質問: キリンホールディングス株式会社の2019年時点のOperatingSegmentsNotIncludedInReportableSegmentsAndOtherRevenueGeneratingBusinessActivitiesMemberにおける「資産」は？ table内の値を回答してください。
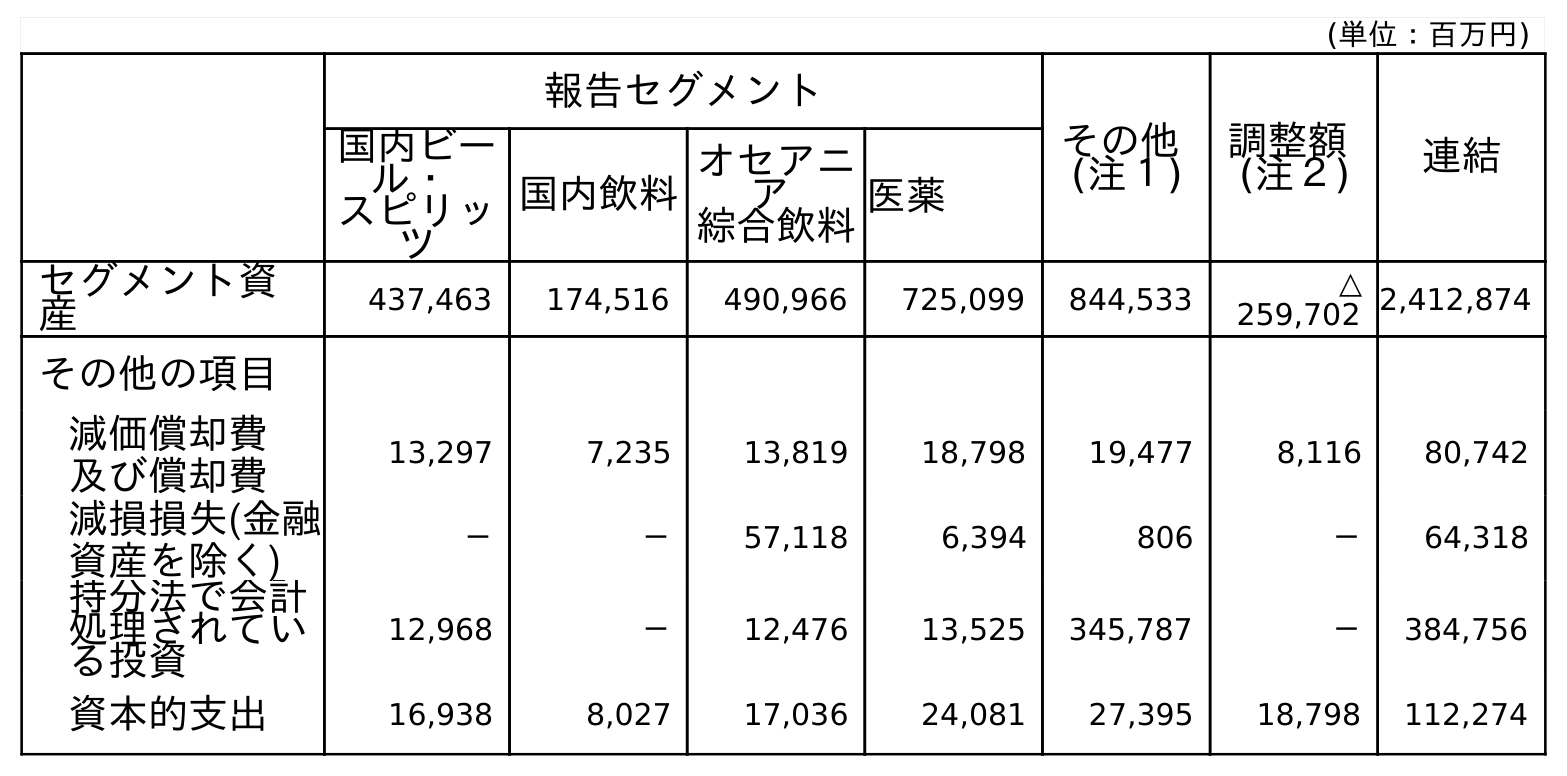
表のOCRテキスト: (単位：百万円) 報告セグメント その他 (注１) 調整額 (注２) 連結 国内ビー ル・ スピリッ ツ 国内飲料 オセアニ ア 綜合飲料医薬 セグメント資 産 437,463 174,516 490,966 725,099 844,533 △ 259,702 2,412,874 その他の項目 減価償却費 及び償却費 13,297 7,235 13,819 18,798 19,477 8,116 80,742 減損損失(金融 資産を除く) － － 57,118 6,394 806 － 64,318 持分法で会計 処理されてい る投資 12,968 － 12,476 13,525 345,787 － 384,756 資本的支出 16,938 8,027 17,036 24,081 27,395 18,798 112,274
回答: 844,533